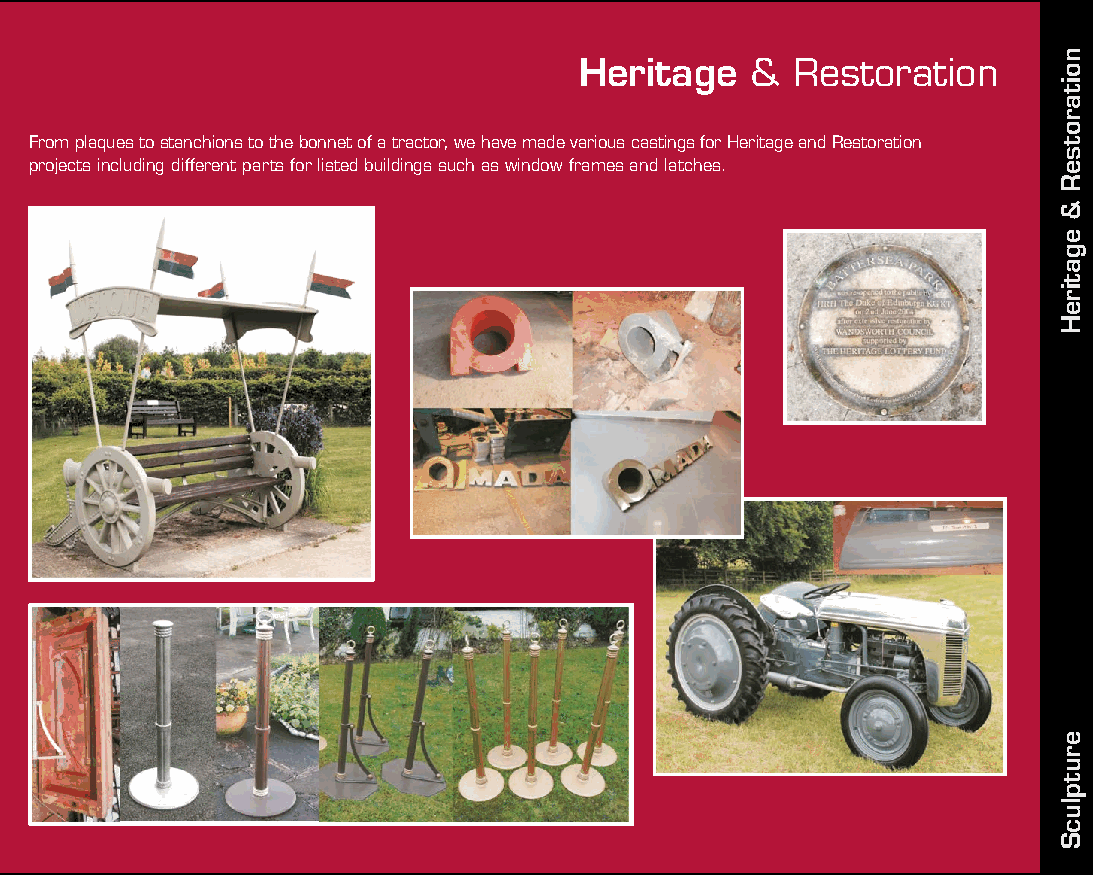
Heritage    & Restoration
 Sculpture & Art
 Here at Longton Light Alloys we are asked for some unusual pieces. They consist of a wide range of different From plaques to stanchions to the bonnet of a tractor, we have made various castings for Heritage and Restoration
 sculptural and heritage pieces made in Aluminium or Bronze, although we can also create them in Zinc as well. projects including different parts for listed buildings such as window frames and latches.
 Here are a few examples...
 noitarotseR
 &
 egatireH
 erutplucS